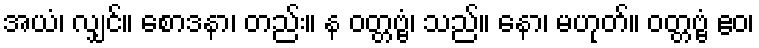
အယံ၊ လျှင်။ စောဒနာ၊ တည်း။ န ဝတ္တဗ္ဗံ၊ သည်။ နော၊ မဟုတ်။ ဝတ္တဗ္ဗံ ဧဝ၊